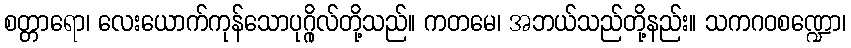
စတ္တာရော၊ လေးယောက်ကုန်သောပုဂ္ဂိုလ်တို့သည်။ ကတမေ၊ အဘယ်သည်တို့နည်း။ သကဂဝစဏ္ဍော၊